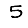
Digit: 5